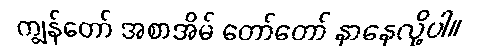
ကျွန်တော် အစာအိမ် တော်တော် နာနေလို့ပါ။